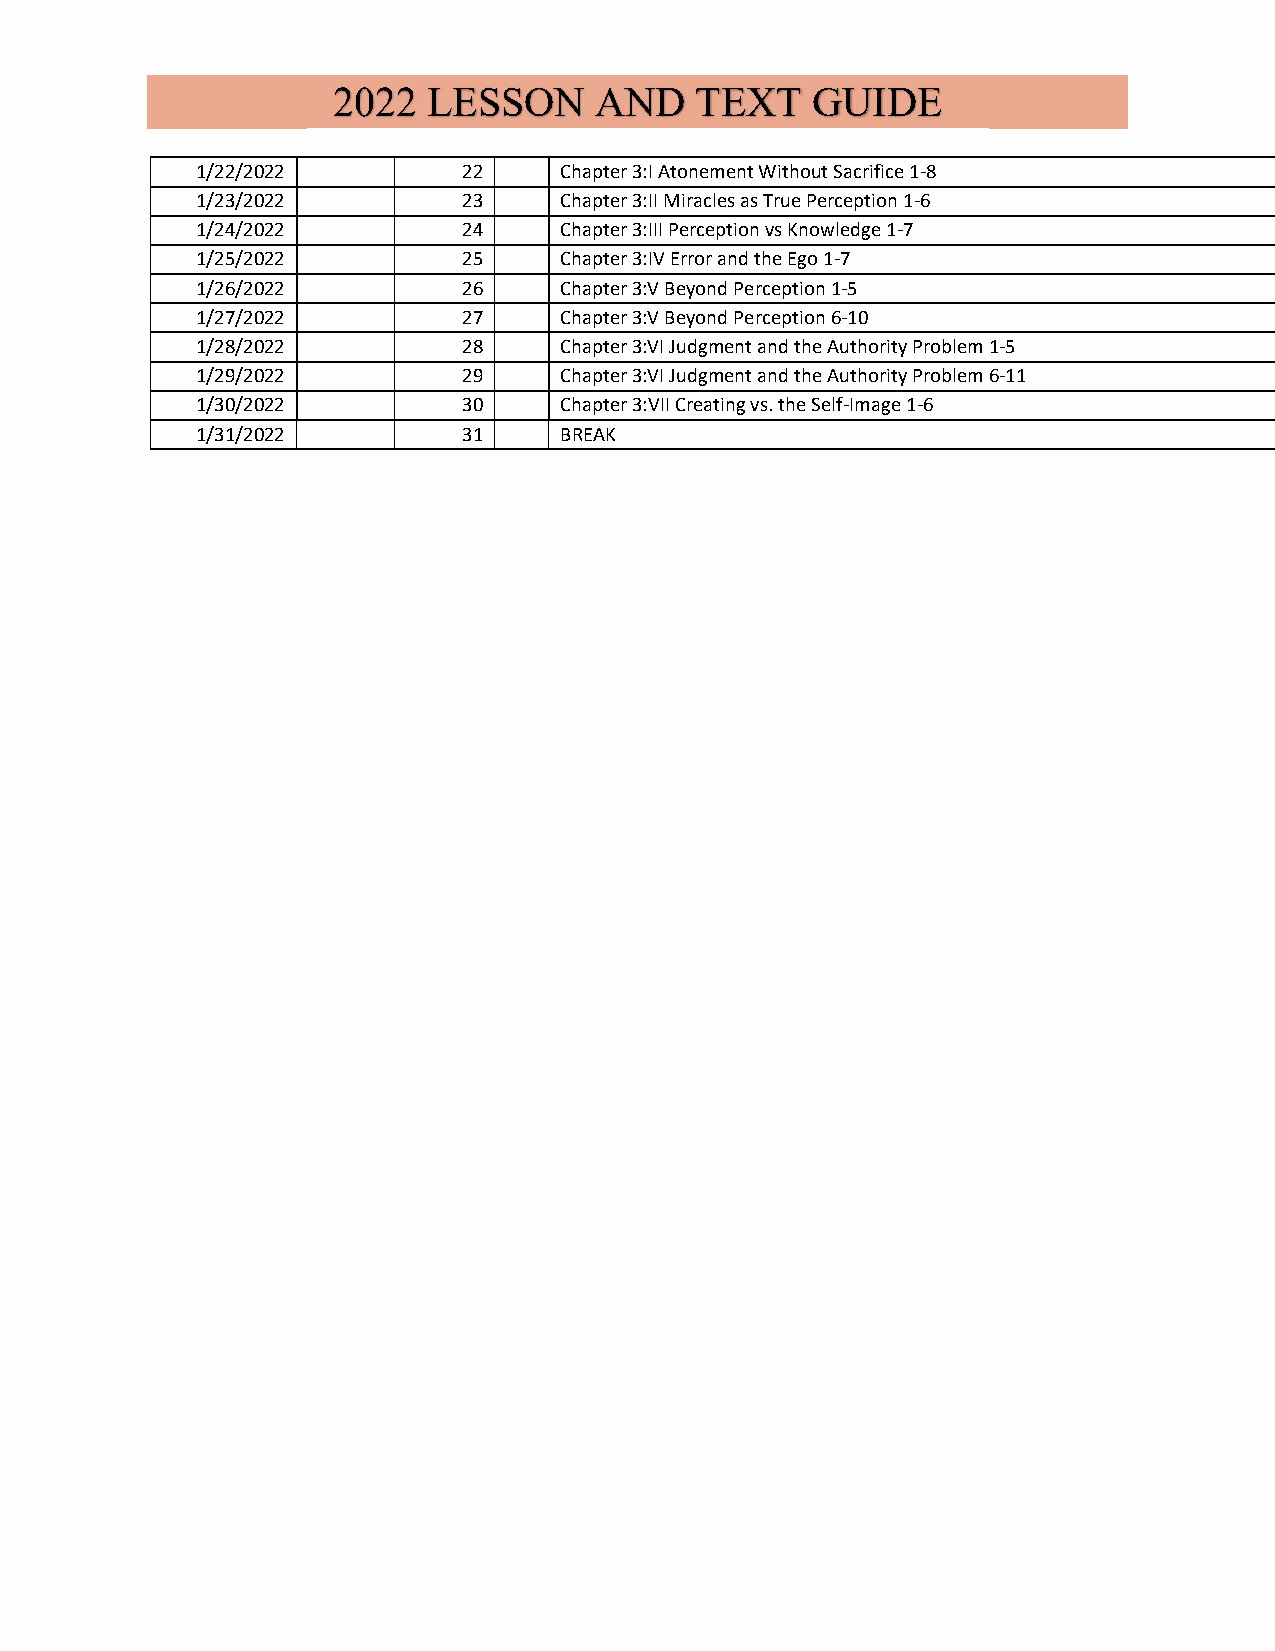
2022  LESSON     AND    TEXT    GUIDE
 1/22/2022         22    Chapter 3:I Atonement Without Sacrifice 1-8
 1/23/2022         23    Chapter 3:II Miracles as True Perception 1-6
 1/24/2022         24    Chapter 3:III Perception vs Knowledge 1-7
 1/25/2022         25    Chapter 3:IV Error and the Ego 1-7
 1/26/2022         26    Chapter 3:V Beyond Perception 1-5
 1/27/2022         27    Chapter 3:V Beyond Perception 6-10
 1/28/2022         28    Chapter 3:VI Judgment and the Authority Problem 1-5
 1/29/2022         29    Chapter 3:VI Judgment and the Authority Problem 6-11
 1/30/2022         30    Chapter 3:VII Creating vs. the Self-Image 1-6
 1/31/2022         31    BREAK